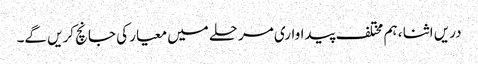
دریں اثنا ، ہم مختلف پیداواری مرحلے میں معیار کی جانچ کریں گے۔